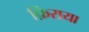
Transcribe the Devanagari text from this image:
फ़िराया